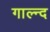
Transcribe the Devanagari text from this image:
गाल्न्द